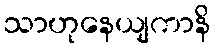
သာဟုနေယျကာနိ